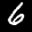
Label: 6